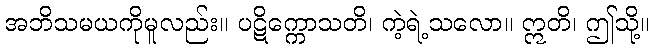
အဘိသမယကိုမူလည်း။ ပဋိက္ကောသတိ၊ ကဲ့ရဲ့သလော။ ဣတိ၊ ဤသို့။